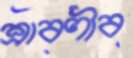
শ্রাবণীব